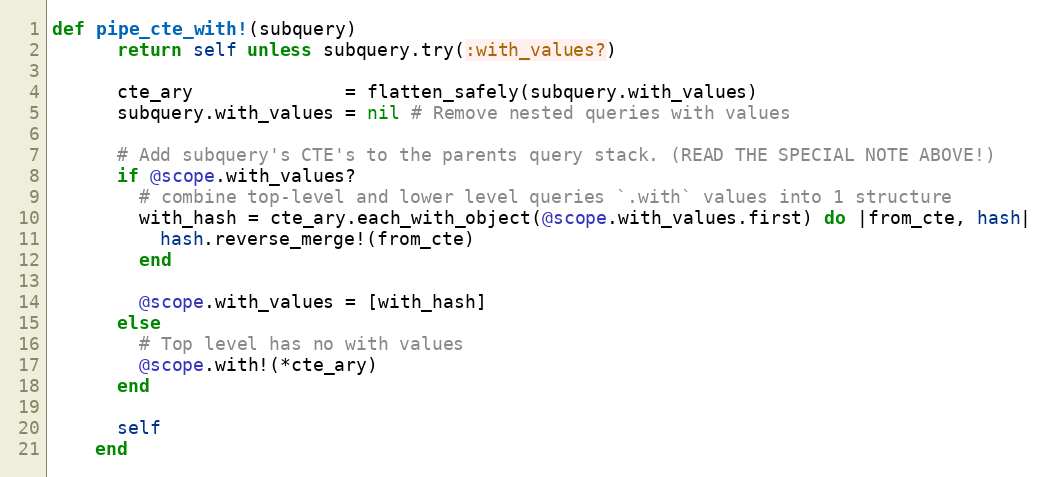
Language: Ruby
def pipe_cte_with!(subquery)
      return self unless subquery.try(:with_values?)

      cte_ary              = flatten_safely(subquery.with_values)
      subquery.with_values = nil # Remove nested queries with values

      # Add subquery's CTE's to the parents query stack. (READ THE SPECIAL NOTE ABOVE!)
      if @scope.with_values?
        # combine top-level and lower level queries `.with` values into 1 structure
        with_hash = cte_ary.each_with_object(@scope.with_values.first) do |from_cte, hash|
          hash.reverse_merge!(from_cte)
        end

        @scope.with_values = [with_hash]
      else
        # Top level has no with values
        @scope.with!(*cte_ary)
      end

      self
    end